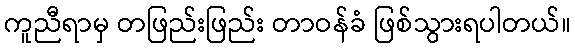
ကူညီရာမှ တဖြည်းဖြည်း တာဝန်ခံ ဖြစ်သွားရပါတယ်။